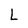
Character: L